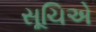
સૂચિએ